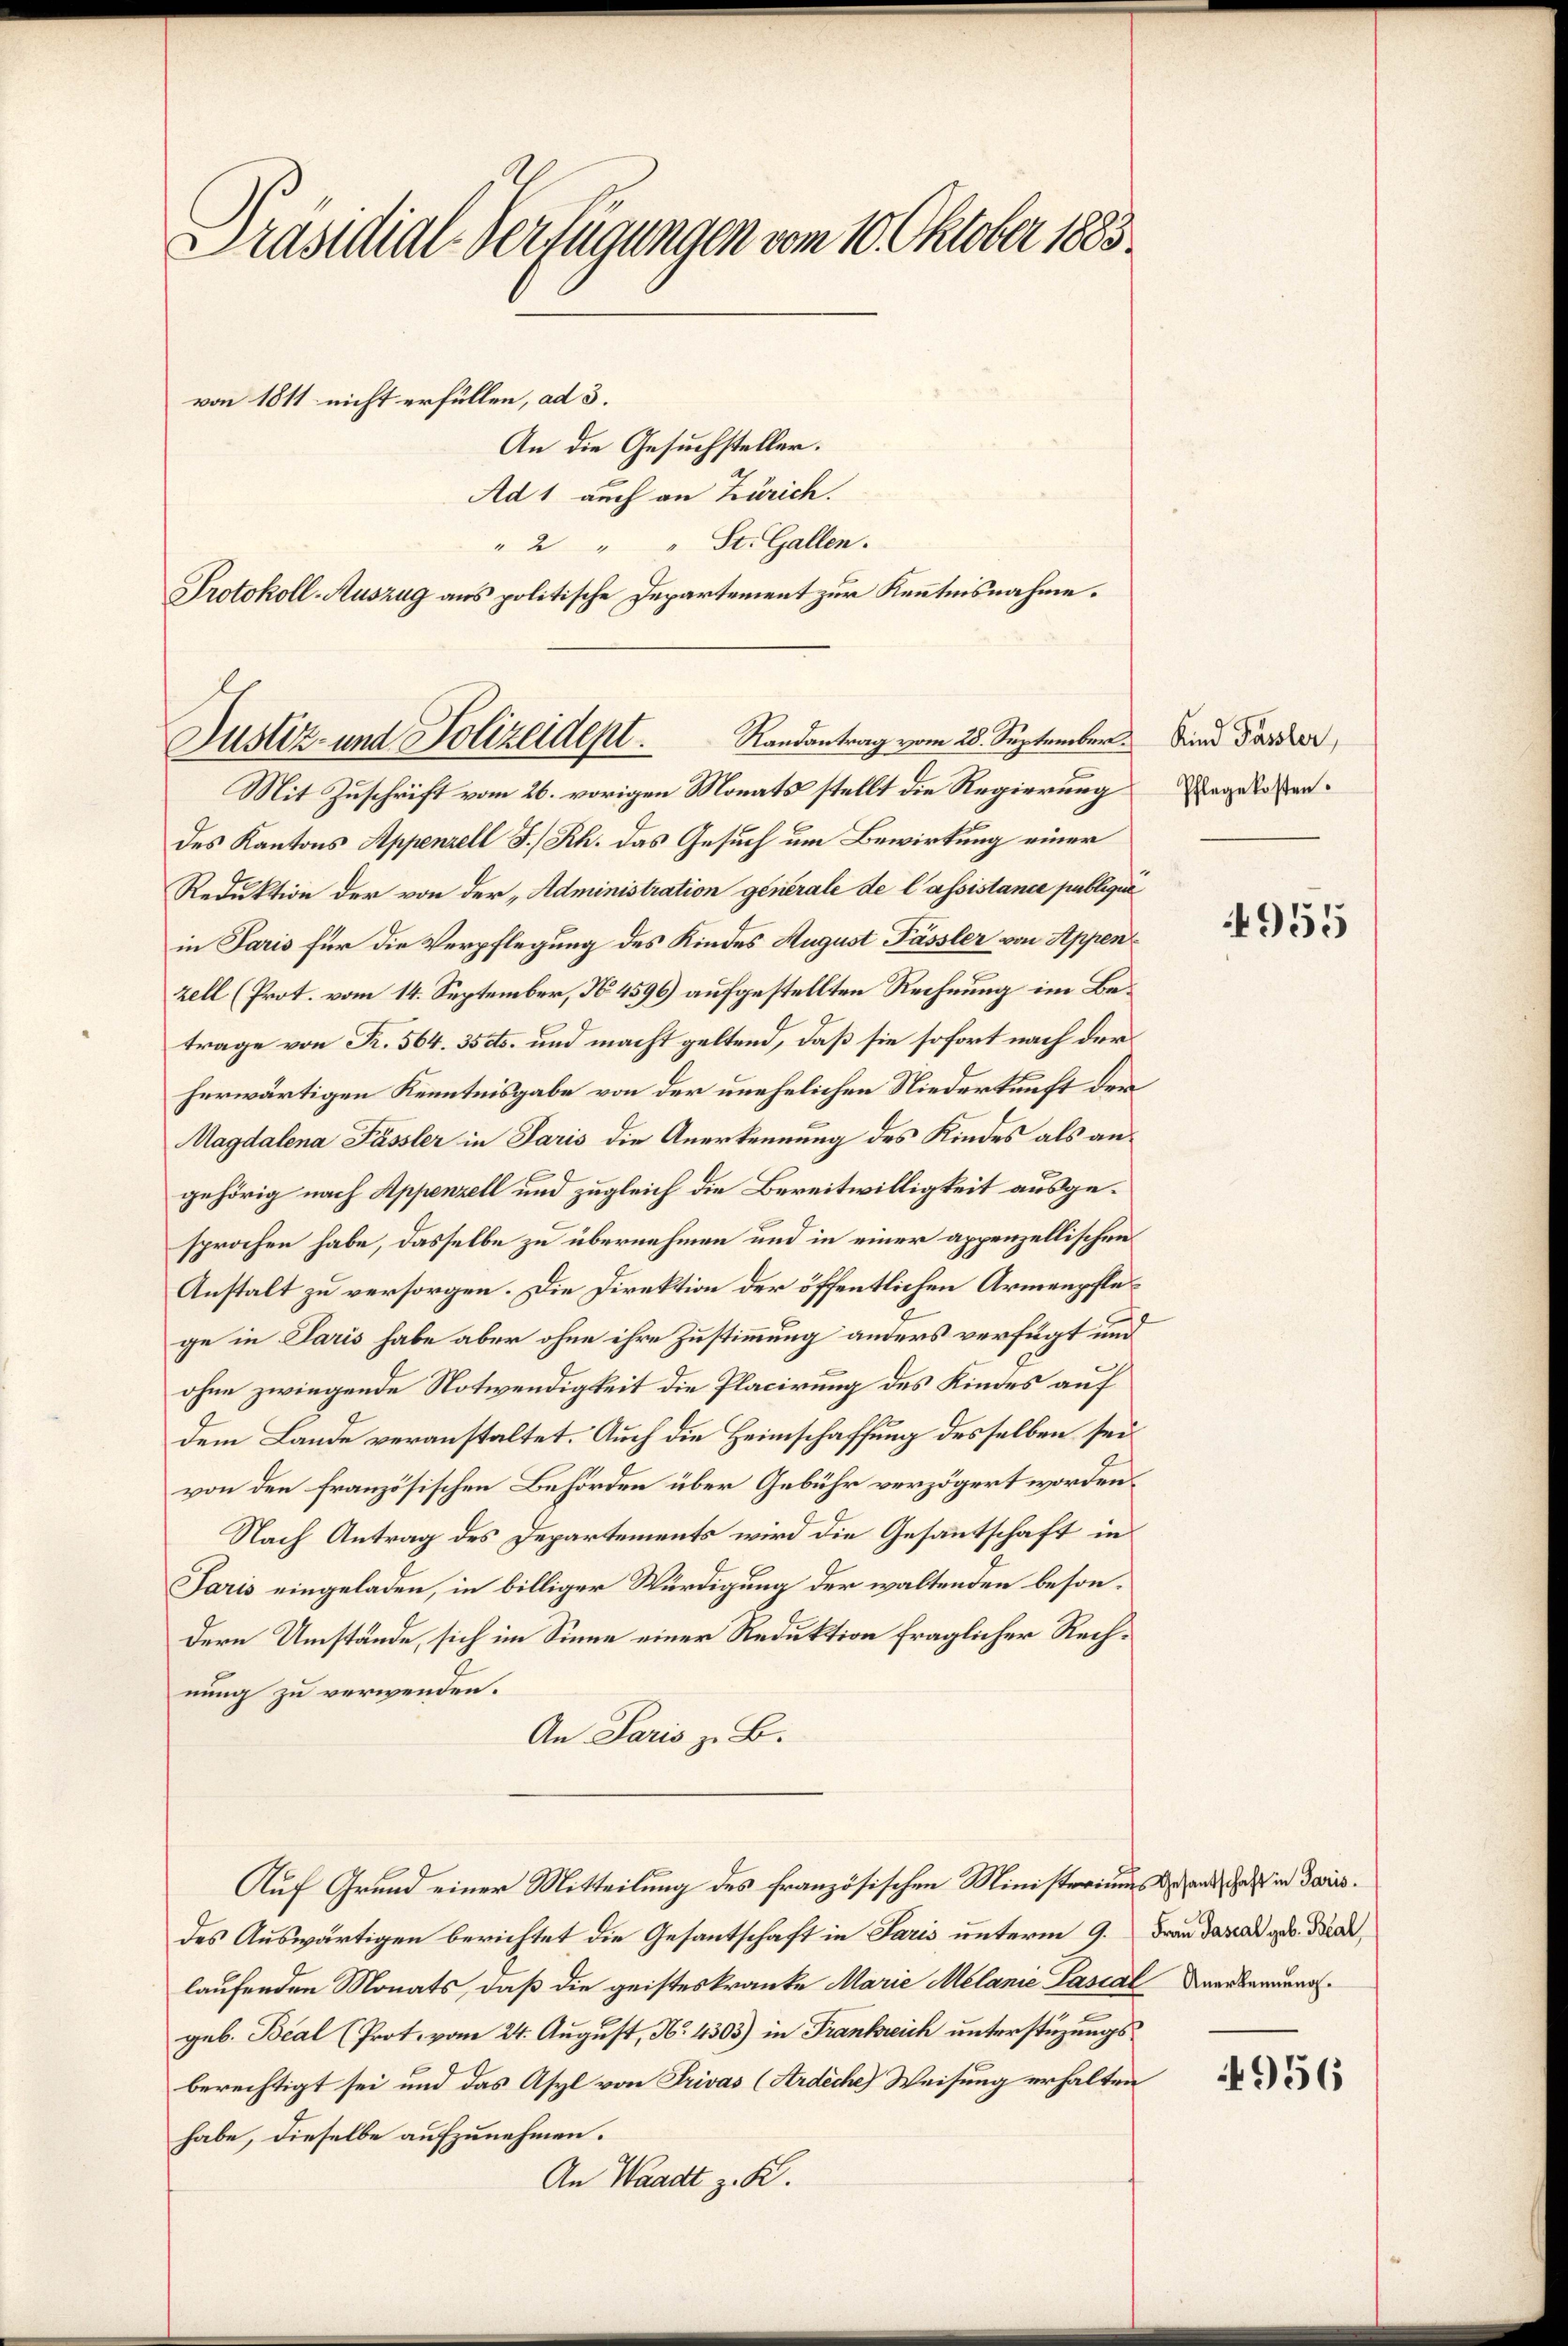
Präsidial-Verfügungen vom 10. Oktober 1883.
von 1811 nicht erfüllen, ad 3.
An die Gesuchsteller.

Randantrag vom 28. September Kind Passler,
Justiz- und Polizeidept.

Ad 1 auch an Zürich.
" 2 " " St. Gallen.
Protokoll-Auszug aus politische Departement zur Kenntnisnahme.

Mit Zuschrift vom 26. vorigen Monats stellt die Regierung
des Kantons Appenzell I/Rh. das Gesuch um Bewirkung einer
Reduktion der von der „Administration générale de l’assistance publique
in Paris für die Verpflegung des Kindes August Pässler von Appen
zell (Prot. vom 14. September, No. 4596) aufgestellten Rechnung im Betrage von R. 564. 35 cts. und macht geltend, daß sie sofort nach der
herwärtigen Kenntnisgabe von der unehelichen Niederkunft der
Magdalena Pässler in Paris die Anerkennung des Kindes als angehörig nach Appenzell und zugleich die Bereitwilligkeit ausgesprochen habe, dasselbe zu übernehmen und in einer appenzellischen
Anstalt zu versorgen. Die Direktion der öffentlichen Armenpflege in Paris habe aber ohne ihre Zustimmung anders verfügt und
ohne zwingende Notwendigkeit die Placirung des Kindes auf
dem Lande veranstaltet. Auch die Heimschaffung desselben sei
von den französischen Behörden über Gebühr verzögert worden.
Nach Antrag des Departements wird die Gesanntschaft in
Paris eingeladen, in billiger Würdigung der waltenden besondern Umstände, sich im Sinne einer Reduktion fraglicher Rechnung zu verwenden.
An Paris z. B.
Auf Grund einer Mitteilung des französischen Ministeriums der ande, das in daris.
des Auswärtigen berichtet die Gesantschaft in Paris unterm 9. Frau dazu geb. Na,
laufenden Monats, daß die geisteskranke Marie Melanie Pasial Verkennung.
geb. Beal (Prot. vom 24. August, N. 4303) in Frankreich unterstüzungsberechtigt sei und das Asyl von Privas (Ardèche) Weisung erhalten
habe, dieselbe aufzunehmen.
An Waadt z. K.

Pflegekosten.

4955

956